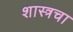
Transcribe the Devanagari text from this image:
शास्त्रचा